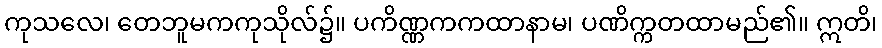
ကုသလေ၊ တေဘူမကကုသိုလ်၌။ ပကိဏ္ဏကကထာနာမ၊ ပဏိက္ကတထာမည်၏။ ဣတိ၊